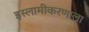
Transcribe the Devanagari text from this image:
इस्लामीकरणाला